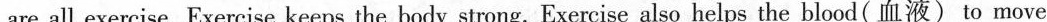
are all exercise. Exercise keeps the body strong. Exercise also helps the blood( 血液)to move